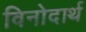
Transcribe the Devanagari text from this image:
विनोदार्थ